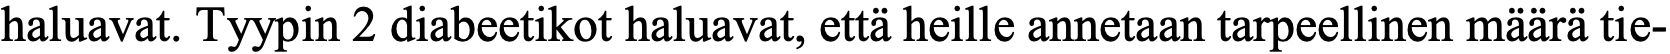
haluavat. Tyypin 2 diabeetikot haluavat, että heille annetaan tarpeellinen määrä tie-